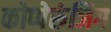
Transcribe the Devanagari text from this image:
कोप्पेरुंजिग